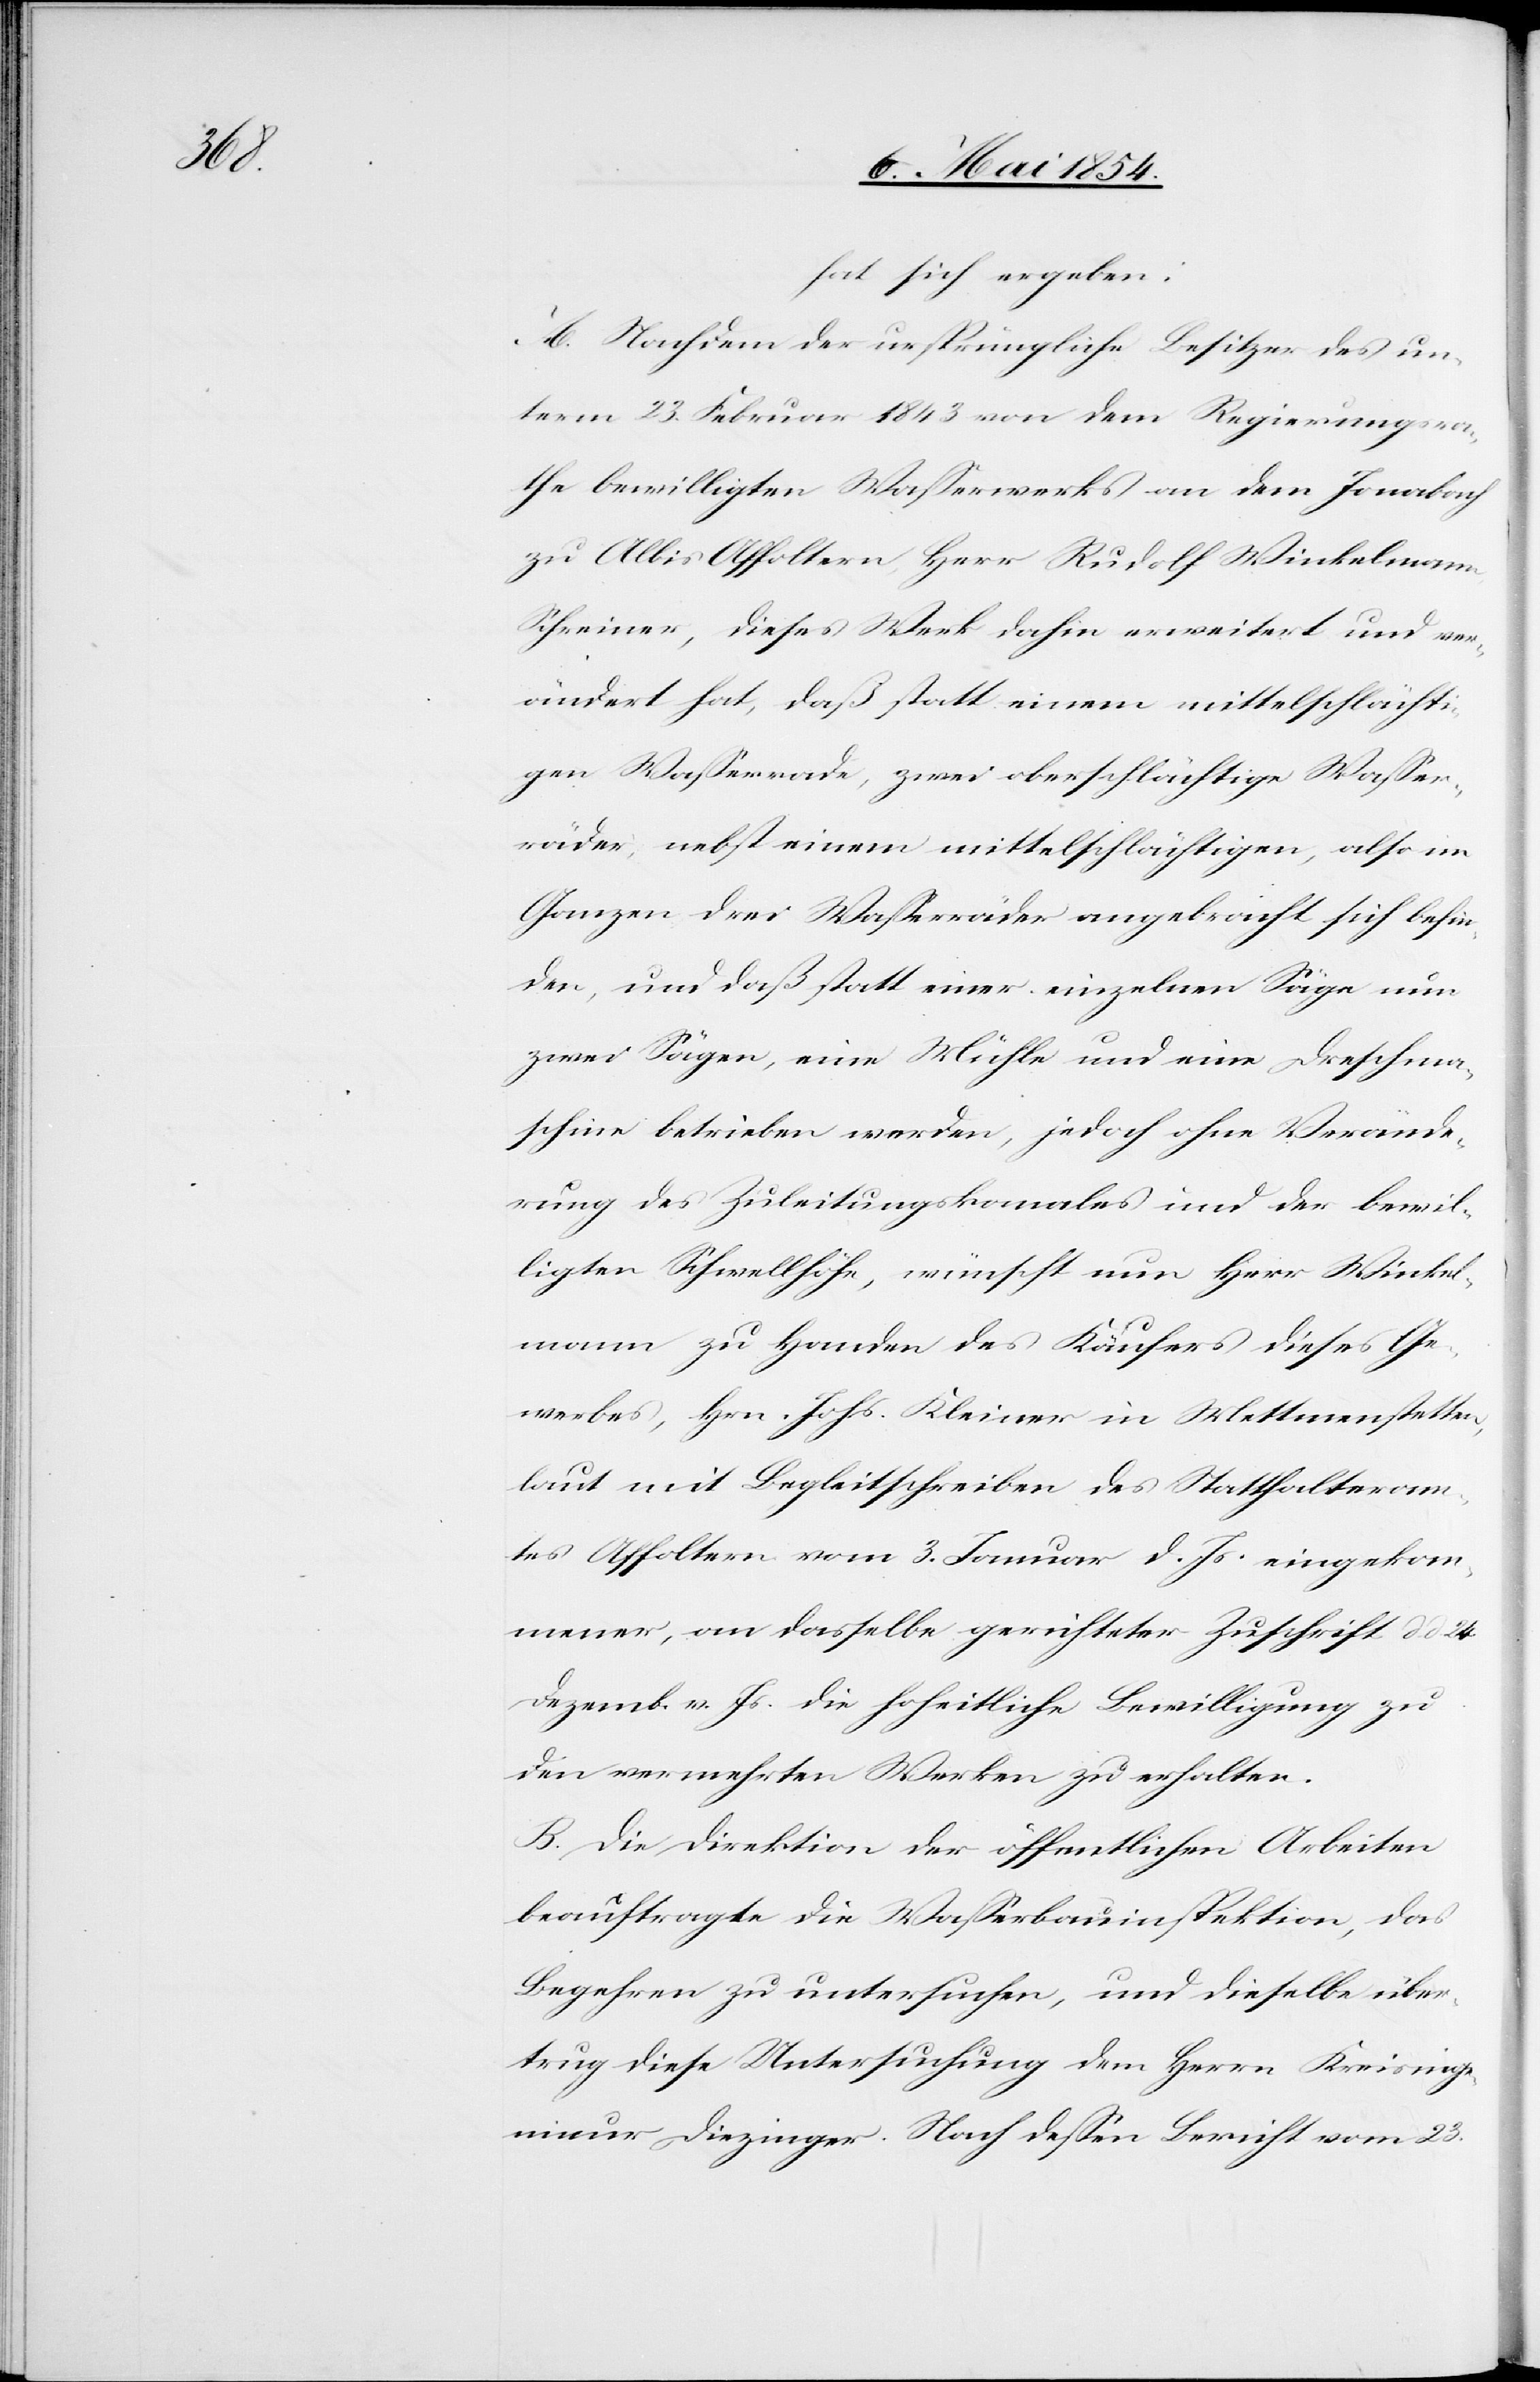
24.

hat sich ergeben:
A. Nachdem der ursprüngliche Besitzer des un¬
term 23. Februar 1843 von dem Regierungsra¬
the bewilligten Waßerwerks an dem Jonabach
zu Albis Affoltern, Herr Rudolf Winkelmann,
Schreiner, dieses Werk dahin erweitert und ver¬
ändert hat, daß statt einem mittelschlächt¬
igen Waßerrade, zwei oberschlächtige Waßer¬
räder, nebst einem mittelschlächtigen, also im
Ganzen drei Waßerräder angebracht sich befin¬
den, und daß statt einer einzelnen Säge nun
zwei Sägen, eine Mühle und eine Dreschma¬
schine betreiben werden, jedoch ohne Verände¬
rung des Zuleitungskanales und der bewil¬
ligten Schwellhöhe, wünscht nun Herr Winkel¬
mann zu Handen des Käufers dieses Ge¬
werbes, Hrn. Johs. Kleiner in Mettmenstetten,
laut mit Begleitschreiben des Statthalteram¬
tes Affoltern vom 3. Januar d. Js. eingekom¬
mener, an dasselbe gerichteter Zuschrift d. d.
Dezemb. v. Js. die hoheitliche Bewilligung zu
den vermehrten Werken zu erhalten.
B. Die Direktion der öffentlichen Arbeiten
beauftrage die Waßerbauinspektion, das
Begehren zu untersuchen, und dieselbe über¬
trug diese Untersuchung dem Herrn Kreisinge¬
nieur Diezinger. Nach deßen Bericht vom 23.